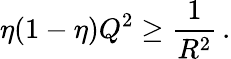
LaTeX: \eta(1-\eta)Q^{2}\geq\frac 1{R^{2}}\, .